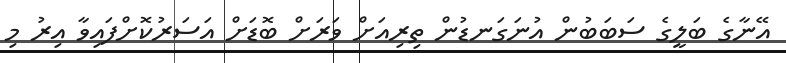
އޭނާގެ ބަލީގެ ސަބަބުން އުނަގަނޑުން ތިރިއަށް ވަރަށް ބޮޑަށް އަސަރުކޮށްފަައިވާ އިރު މި